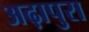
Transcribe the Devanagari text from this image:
अढ़ापुरा